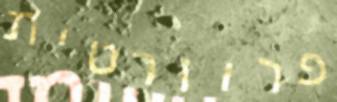
פרוורטית